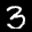
Label: 3